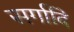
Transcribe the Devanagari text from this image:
सर्गादि